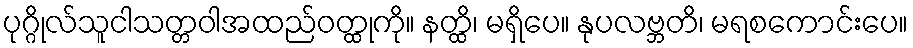
ပုဂ္ဂိုလ်သူငါသတ္တဝါအထည်ဝတ္ထုကို။ နတ္ထိ၊ မရှိပေ။ နုပလဗ္ဘတိ၊ မရစကောင်းပေ။